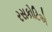
રસકોટિએ